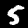
Digit: 5